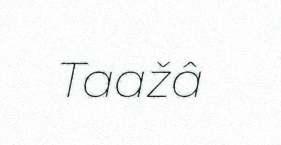
Taažâ